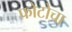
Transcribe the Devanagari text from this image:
फोटोचा